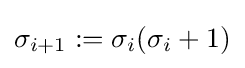
\sigma _{i+1}:=\sigma _{i}(\sigma _{i}+1)